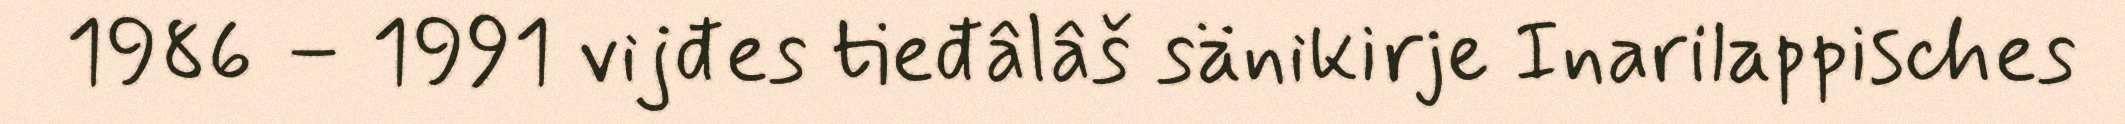
1986 – 1991 vijđes tieđâlâš sänikirje Inarilappisches